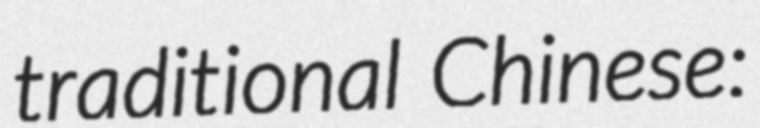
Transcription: traditional Chinese: